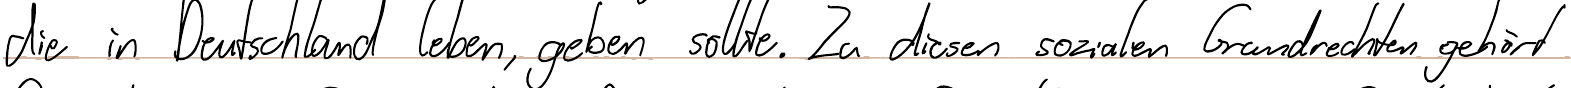
die in Deutschland leben, geben sollte. Zu diesen sozialen Grundrechten gehört